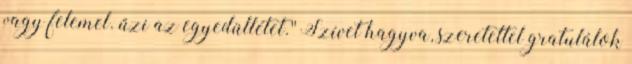
vagy felemel. űzi az egyedüllétet.'' Szívet hagyva, szeretettel gratulálok